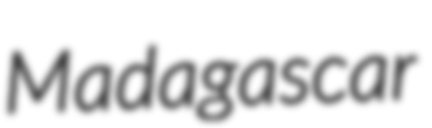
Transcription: Madagascar